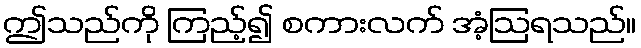
ဤသည်ကို ကြည့်၍ စကားလက် အံ့ဩရသည်။